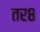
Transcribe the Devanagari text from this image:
तर८